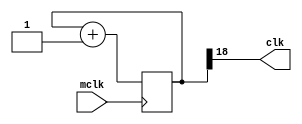
`timescale 1ns / 1ps
//////////////////////////////////////////////////////////////////////////////////
// Company: 
// Engineer: 
// 
// Design Name: 
// Module Name: clk_div
// Project Name: 
// Target Devices: 
// Tool Versions: 
// Description: 
// 
// Dependencies: 
// 
// Revision:
// Revision 0.01 - File Created
// Additional Comments:
// 
//////////////////////////////////////////////////////////////////////////////////


// decreasing the clock frequency to 190Hz
module clk_div 
#(parameter N = 19)
(  
    input wire mclk ,
    output wire clk 
);
reg [N-1:0] q; // 19-bit counter

always @(posedge mclk) begin
	    q <= q + 1;
end

assign clk = q[N-1];

endmodule